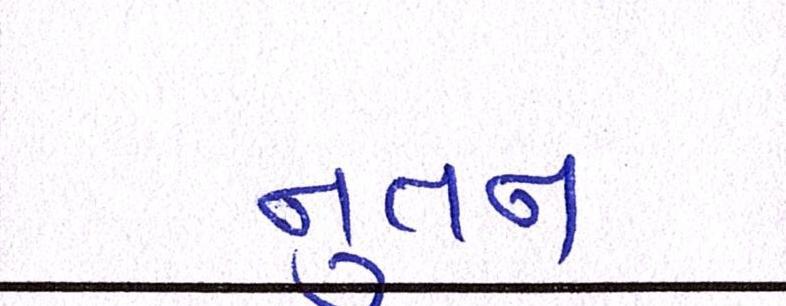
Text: નુતન